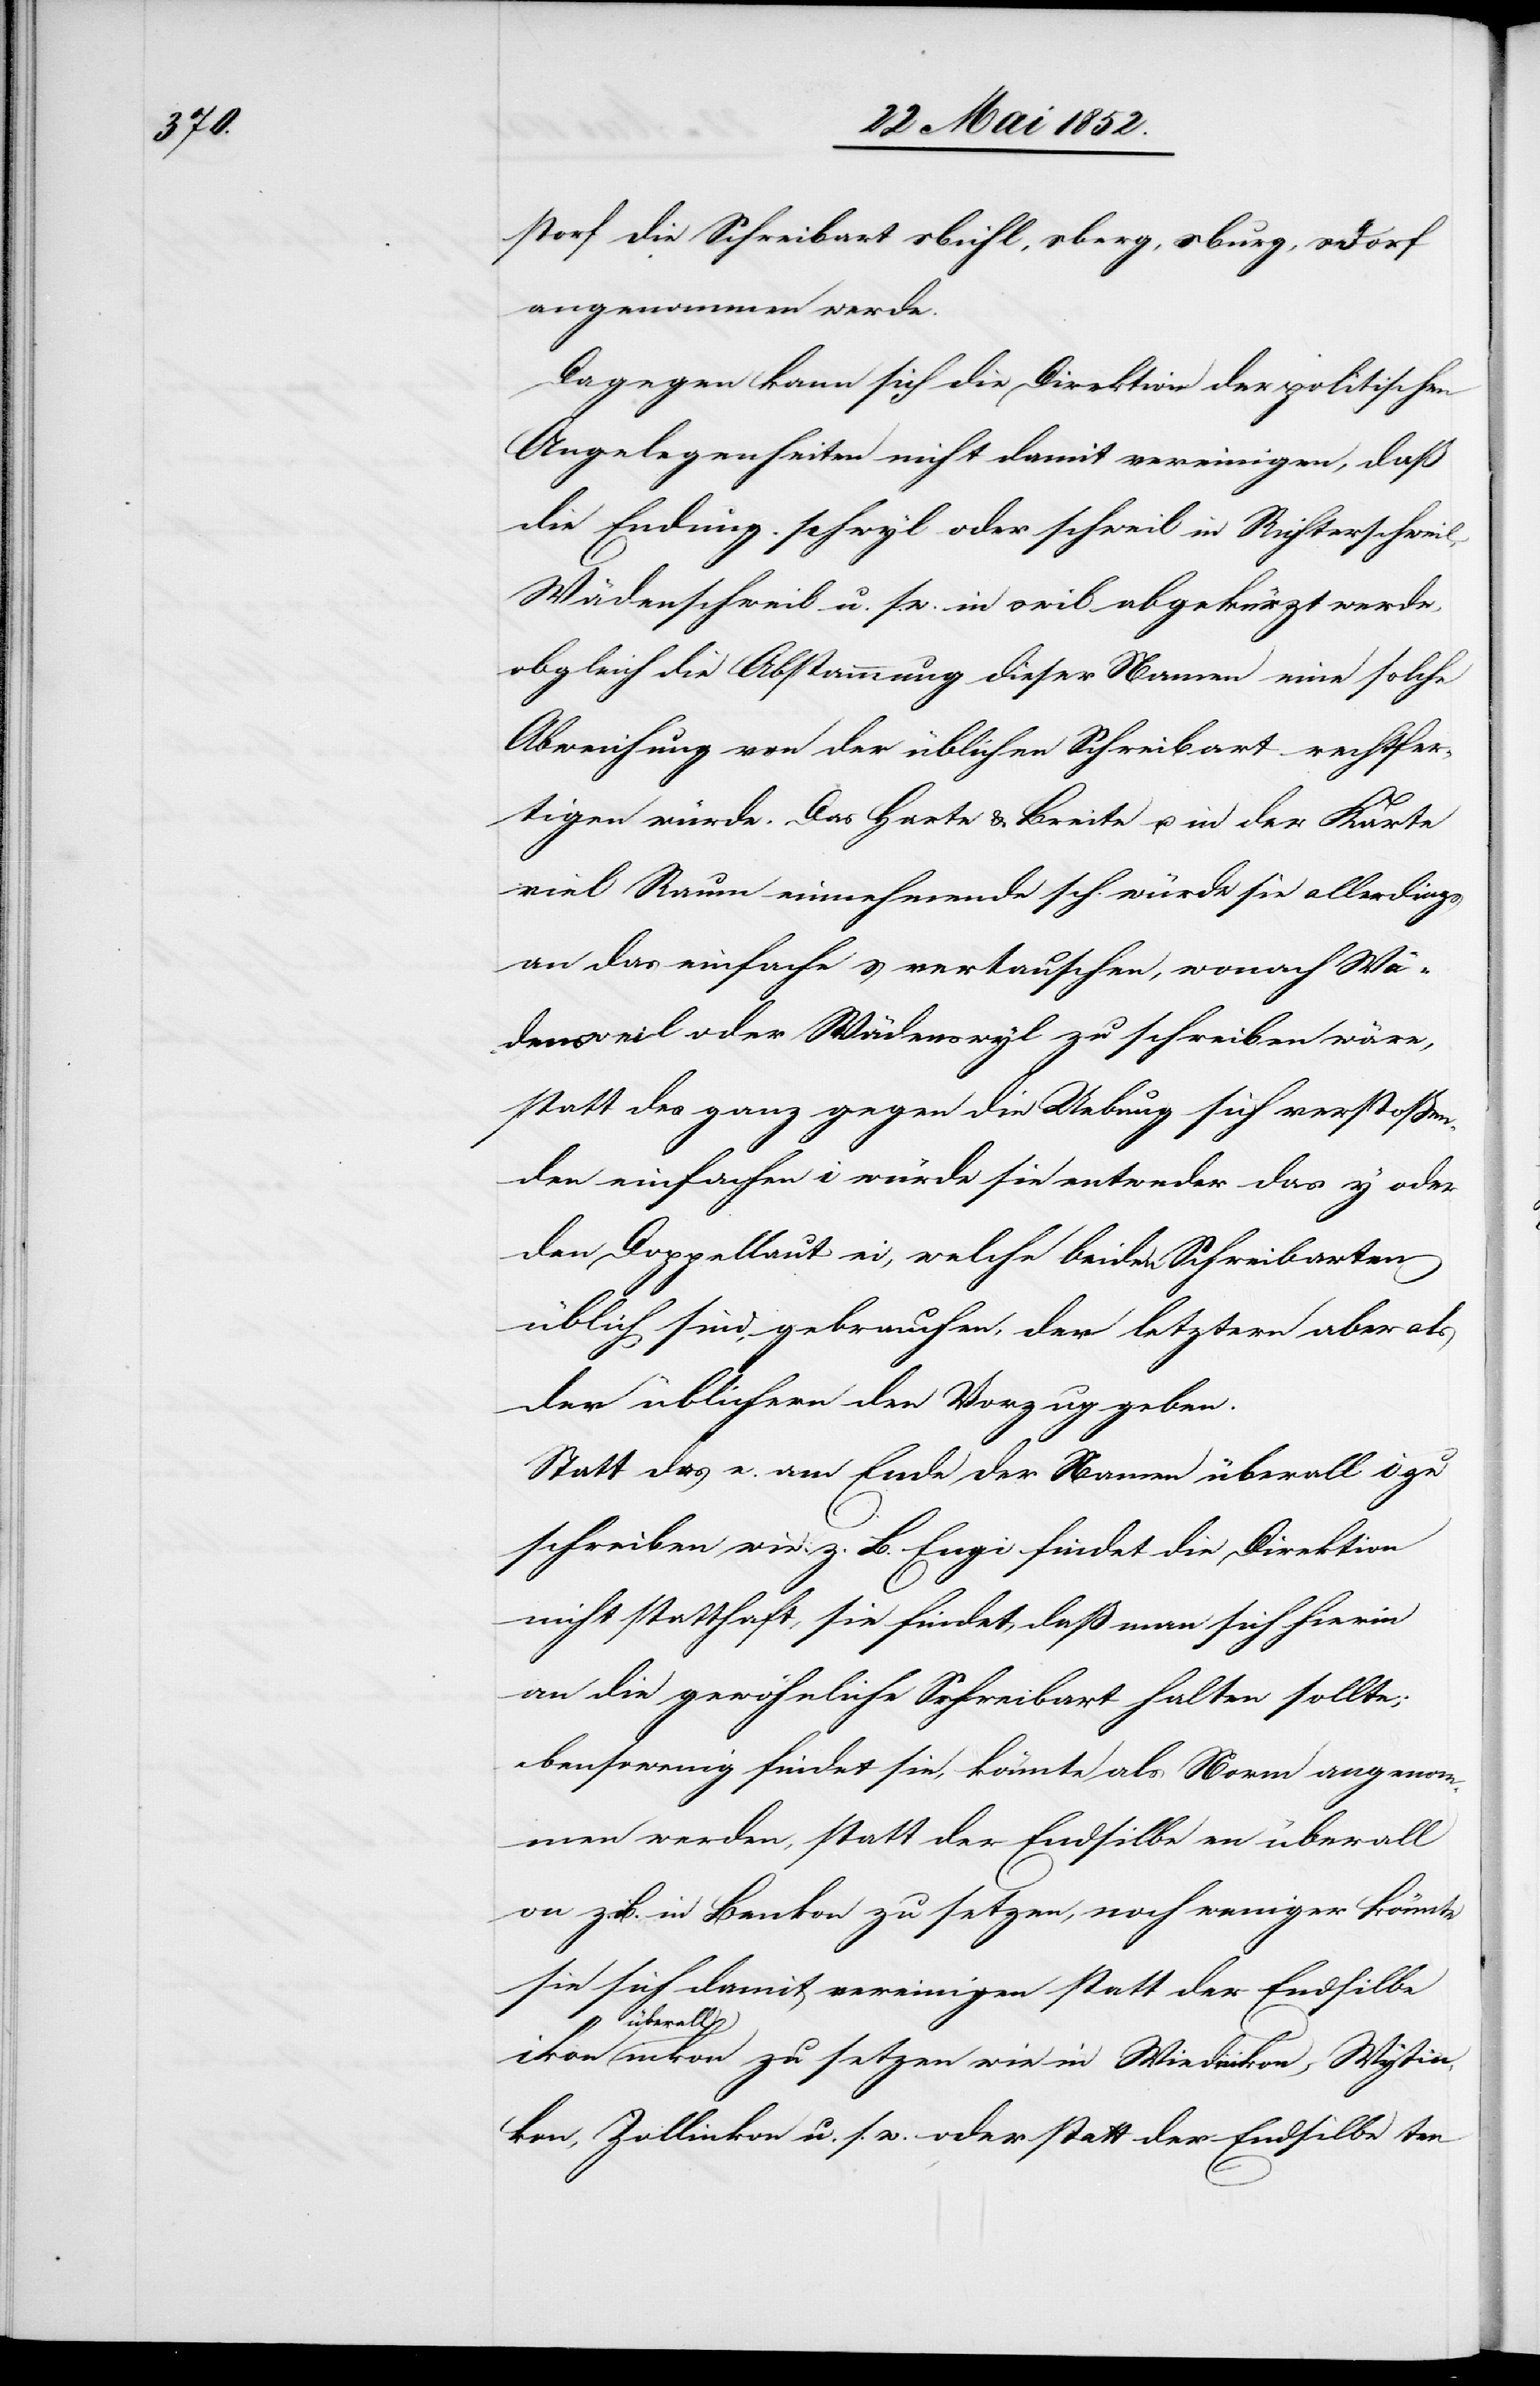
storf die Schreibart sbühl, sberg, sburg, sdorf
angenommen werde.
Dagegen kann sich die Direktion der politischen
Angelegenheiten nicht damit vereinigen, daß
die Endung schwyl oder schweil in Richterschweil,
Wädenschweil u. s. w. in swil abgekürzt werde,
obgleich die Abstammung dieser Namen eine solche
Abweichung von der üblichen Schreibart rechtfer¬
tigen würde. Das Harte & Breite u. in der Karte
viel Raum einnehmende sch würde sie allerdings
an das einfache s vertauschen, wonach Wä¬
densweil oder Wädenswyl zu schreiben wäre,
statt des ganz gegen die Uebung sich verstossen¬
den einfachen i würde sie entweder das y oder
den Doppellaut ei, welche beiden Schreibarten
üblich sind, gebrauchen, der letztern aber als
der üblichern den Vorzug geben.
Statt des e. am Ende der Namen überall i zu
schreiben wie z. B. Engi findet die Direktion
nicht statthaft, sie findet, daß man sich hierin
an die gewöhnliche Schreibart halten sollte;
ebensowenig findet sie, könnte als Norm angenom¬
men werden, statt der Endsilbe en überall
on z. B. in Benkon zu setzen, noch weniger könnte
sie sich damit vereinigen statt der Endsilbe
überall
inkon zu setzen wie in Wiedinkon, Wytin¬
kon, Zollinkon u. s. w. oder statt der Endsilbe ten